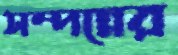
সম্পন্নের